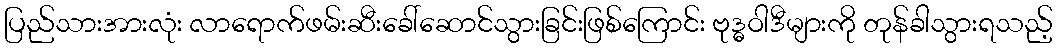
ပြည်သားအားလုံး လာရောက်ဖမ်းဆီးခေါ်ဆောင်သွားခြင်းဖြစ်ကြောင်း ဗုဒ္ဓဝါဒီများကို တုန်ခါသွားရသည့်